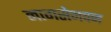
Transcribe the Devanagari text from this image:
नागसेनवन